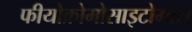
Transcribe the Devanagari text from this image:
फीयोक्रोमोसाइटोमास